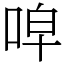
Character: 唕